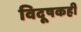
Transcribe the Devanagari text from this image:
विदूषकही